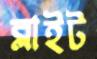
ব্লাইট